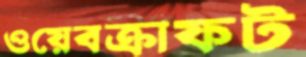
ওয়েবক্রাফট